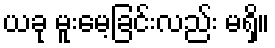
ယခု မူးမေ့ခြင်းလည်း မရှိ။